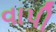
વાપી